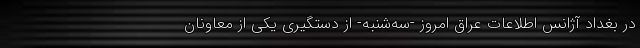
در بغداد آژانس اطلاعات عراق امروز -سه‌شنبه- از دستگیری یکی از معاونان